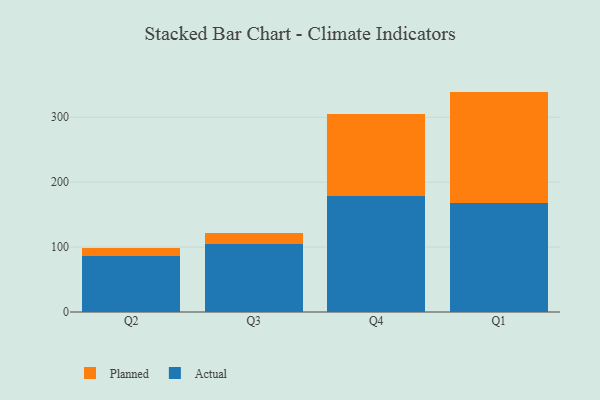
{"axis": {"x": "Quarter", "y": "Waste Production (Tons)"}, "legend": ["Actual", "Planned"], "data": [{"x": "Q2", "y": 86.8, "type": "Actual"}, {"x": "Q2", "y": 12.1, "type": "Planned"}, {"x": "Q3", "y": 105.3, "type": "Actual"}, {"x": "Q3", "y": 16.0, "type": "Planned"}, {"x": "Q4", "y": 179.0, "type": "Actual"}, {"x": "Q4", "y": 125.6, "type": "Planned"}, {"x": "Q1", "y": 168.0, "type": "Actual"}, {"x": "Q1", "y": 171.5, "type": "Planned"}]}